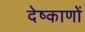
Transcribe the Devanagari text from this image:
देष्काणों